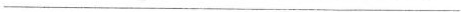
___